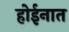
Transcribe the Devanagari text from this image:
होईनात